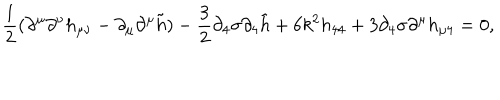
LaTeX: \frac { 1 } { 2 } ( \partial ^ { \mu } \partial ^ { \nu } h _ { \mu \nu } - \partial _ { \mu } \partial ^ { \mu } \tilde { h } ) - \frac { 3 } { 2 } \partial _ { 4 } \sigma \partial _ { 4 } \tilde { h } + 6 k ^ { 2 } h _ { 4 4 } + 3 \partial _ { 4 } \sigma \partial ^ { \mu } h _ { \mu 4 } = 0 ,